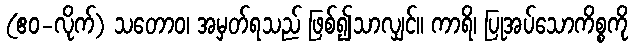
(ဧဝ-လိုက်) သတောဝ၊ အမှတ်ရသည် ဖြစ်၍သာလျှင်။ ကာရိ၊ ပြုအပ်သောကိစ္စကို